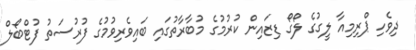
ދިވެހި ޕްރިމިއާ ލީގުގެ ލޯގޯ ޑިޒައިން ކުރުމުގެ މުބާރާތުގައި ބައިވެރިވުމުގެ ފުރުސަތު ފުޓްބޯލް